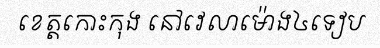
ខេត្តកោះកុង នៅវេលាម៉ោង៤ទៀប